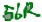
Text: 56R